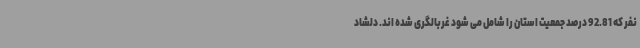
نفر که 92.81 درصد جمعیت استان را شامل می شود غربالگری شده اند. دلشاد